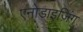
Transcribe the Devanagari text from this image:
एनोडाइज़िंग